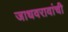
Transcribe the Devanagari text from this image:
जाधवरावांची